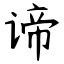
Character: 谛